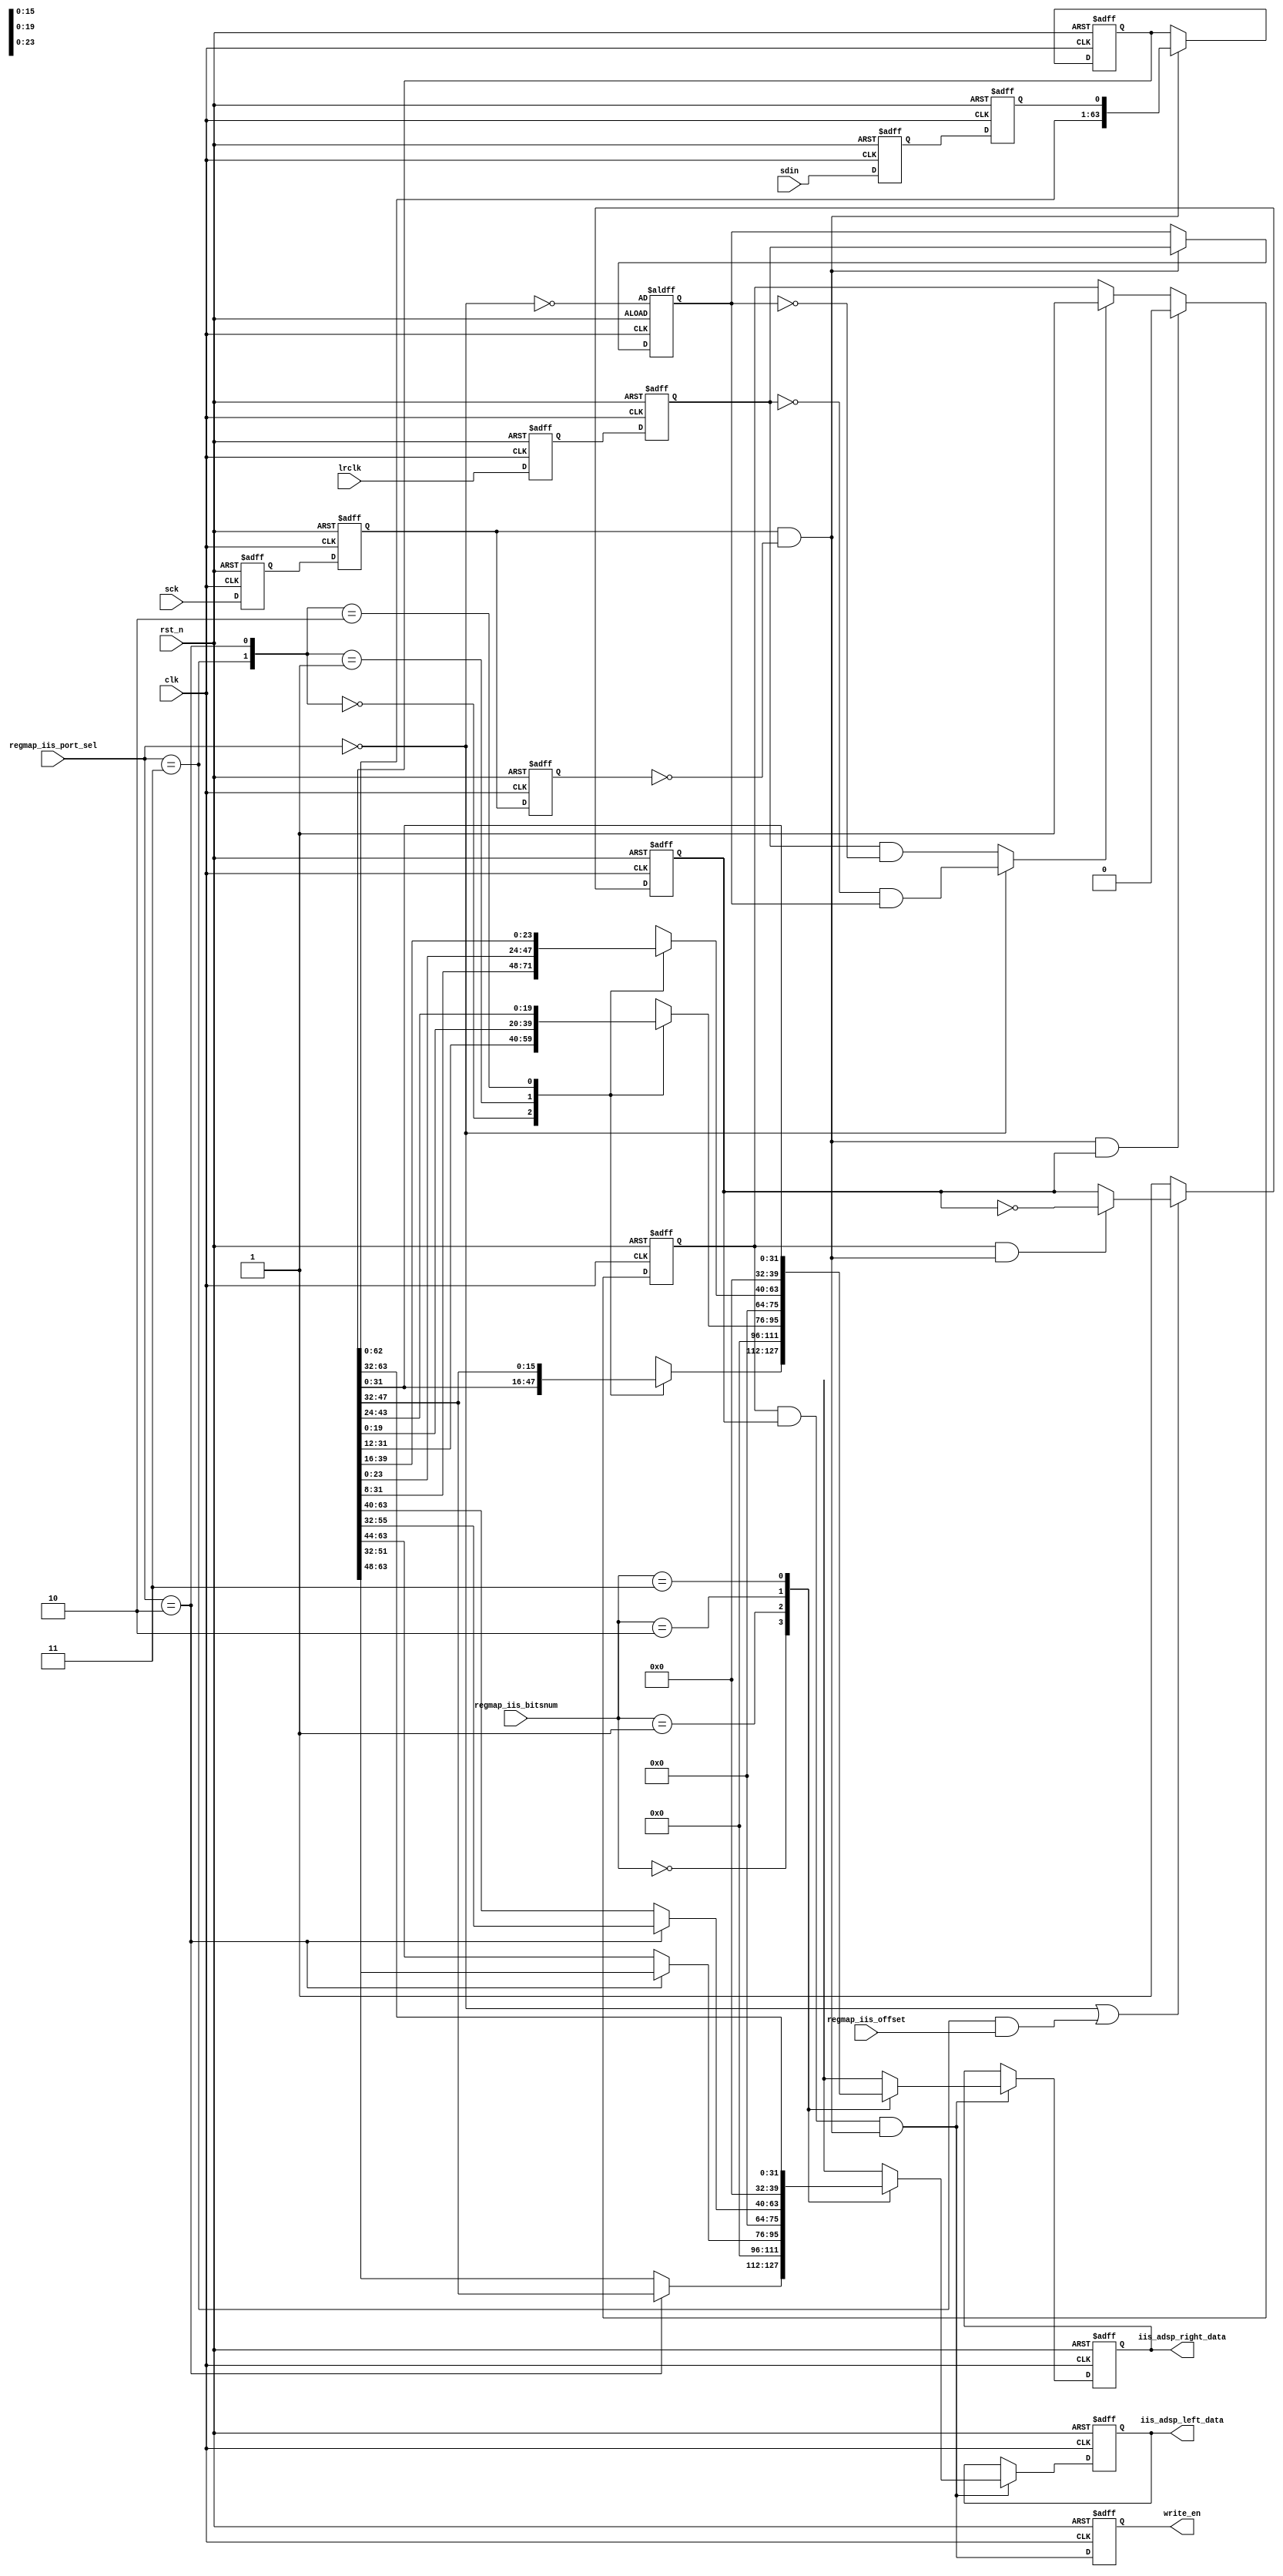
module sync_iis_port (
    // i2s interface
    sck,
    sdin,
    lrclk,

    //config from register map
    regmap_iis_bitsnum,
    regmap_iis_port_sel,
    regmap_iis_offset,

    //port to inputfifo
    write_en,
    iis_adsp_left_data,
    iis_adsp_right_data,

    //clock port
    clk,
    rst_n
);

input              clk;
input              sck;
input              sdin;
input              lrclk;
input              rst_n;
input  [1:0]       regmap_iis_bitsnum;
input  [1:0]       regmap_iis_port_sel;
input              regmap_iis_offset;
output [31:0]      iis_adsp_left_data;
output [31:0]      iis_adsp_right_data;
output             write_en;


wire               port_iis;
wire               port_lj;
wire               port_rj;
wire               port_tdm;
wire               lrclk_rise_edge;
wire               lrclk_fall_edge;
wire               lrclk_final_edge;
wire               offset_en;
wire               out_en;
wire               shift_en;
wire   [31:0]      left_data32;
wire   [23:0]      left_data24;
wire   [19:0]      left_data20;
wire   [15:0]      left_data16;
wire   [31:0]      right_data32;
wire               default_lrclk;
reg                sck_d1;
reg                sck_d2;
reg                sck_d3;
reg                sdin_d1;
reg                sdin_d2;
reg                lrclk_d1;
reg                lrclk_d2;
reg                sclk_samp_lrclk;
reg    [31:0]      left_databits;
reg    [31:0]      right_databits;
reg    [23:0]      right_data24;
reg    [19:0]      right_data20;
reg    [15:0]      right_data16;
reg    [31:0]      iis_adsp_left_data;
reg    [31:0]      iis_adsp_right_data;
reg                write_en;
reg                offset_flg;
reg                final_edge_latch;
reg    [63:0]      data_shift;

parameter IIS = 2'd0;
parameter LEFT_JUST = 2'd1;
parameter RIGHT_JUST = 2'd2;
parameter TDM = 2'd3;

//------------------------------------------------------
//                     main logic
//------------------------------------------------------

//sample input data
always @(posedge clk or negedge rst_n) begin
    if (!rst_n) begin
        sck_d1 <= 1'b1;
        sck_d2 <= 1'b1;
        sck_d3 <= 1'b1;
        sdin_d1 <= 1'b0;
        sdin_d2 <= 1'b0;
        lrclk_d1 <= 1'b0;
        lrclk_d2 <= 1'b0;
    end
    else begin
        sck_d1 <= sck;
        sck_d2 <= sck_d1;
        sck_d3 <= sck_d2;
        sdin_d1 <= sdin;
        sdin_d2 <= sdin_d1;
        lrclk_d1 <= lrclk;
        lrclk_d2 <= lrclk_d1;
    end
end

//port config
assign port_iis = (regmap_iis_port_sel == IIS);
assign port_lj = (regmap_iis_port_sel == LEFT_JUST);
assign port_rj = (regmap_iis_port_sel == RIGHT_JUST);
assign port_tdm = (regmap_iis_port_sel == TDM);

assign left_data32[31:0] = data_shift[63:32];
assign left_data24[23:0] = port_rj ? data_shift[55:32] : data_shift[63:40];
assign left_data20[19:0] = port_rj ? data_shift[51:32] : data_shift[63:44];
assign left_data16[15:0] = port_rj ? data_shift[47:32] : data_shift[63:48];
assign right_data32[31:0] = data_shift[31:0];

always @(*) begin
    case({port_tdm, port_rj})
        2'b00: begin
            right_data24 = data_shift[31:8];
            right_data20 = data_shift[31:12];
            right_data16 = data_shift[31:16];
        end
        2'b01: begin
            right_data24 = data_shift[23:0];
            right_data20 = data_shift[19:0];
            right_data16 = data_shift[15:0];
        end
        2'b10: begin
            right_data24 = data_shift[39:16];
            right_data20 = data_shift[43:24];
            right_data16 = data_shift[47:32];
        end
        default: begin
            right_data24 = 24'bx;
            right_data20 = 20'bx;
            right_data16 = 16'bx;
        end
    endcase
end

always @(*) begin
    case(regmap_iis_bitsnum)
        2'b00: begin
            right_databits = {right_data16, 16'b0};
            left_databits = {left_data16, 16'b0};
        end
        2'b01: begin
            right_databits = {right_data20, 12'b0};
            left_databits = {left_data20, 12'b0};
        end
        2'b10: begin
            right_databits = {right_data24, 8'b0};
            left_databits = {left_data24, 8'b0};
        end
        2'b11: begin
            right_databits = right_data32;
            left_databits = left_data32;
        end
    endcase
end

//shift register
assign shift_en = sck_d2 && !sck_d3; //sck posedge

always @(posedge clk or negedge rst_n) begin
    if(!rst_n) begin
        data_shift[63:0] <= 64'b0;
    end
    else if(shift_en) begin
        data_shift[63:0] <= {data_shift[62:0], sdin_d2};
    end
    else begin
        data_shift[63:0] <= data_shift[63:0];
    end
end

//data out
always @(posedge clk or negedge rst_n) begin
    if (!rst_n)
        sclk_samp_lrclk <= default_lrclk;
    else if (shift_en)
        sclk_samp_lrclk <= lrclk_d2;
    else
        sclk_samp_lrclk <= sclk_samp_lrclk;
end
always @(posedge clk or negedge rst_n) begin
    if (!rst_n)
        final_edge_latch <= 1'b0;
    else if (shift_en && offset_flg)
        final_edge_latch <= 1'b0;
    else if (lrclk_final_edge)
        final_edge_latch <= 1'b1;
    else
        final_edge_latch <= final_edge_latch;
end

always @(posedge clk or negedge rst_n) begin
    if (!rst_n)
        offset_flg <= 1'b0;
    else if (!offset_en)
        offset_flg <= 1'b1;
    else if (final_edge_latch && shift_en)
        offset_flg <= !offset_flg;
    else
        offset_flg <= offset_flg;
end

assign lrclk_rise_edge = lrclk_d2 && !sclk_samp_lrclk;
assign lrclk_fall_edge = !lrclk_d2 && sclk_samp_lrclk;
assign lrclk_final_edge = port_iis ? lrclk_fall_edge : lrclk_rise_edge;
assign offset_en = port_iis || port_tdm && regmap_iis_offset;
assign out_en = final_edge_latch && offset_flg && shift_en;
assign default_lrclk = !port_iis;

always @(posedge clk or negedge rst_n) begin
    if (!rst_n) begin
        iis_adsp_left_data <= 32'b0;
        iis_adsp_right_data <= 32'b0;
    end
    else if (out_en) begin
        iis_adsp_left_data <= left_databits;
        iis_adsp_right_data <= right_databits;
    end
    else begin
        iis_adsp_left_data <= iis_adsp_left_data;
        iis_adsp_right_data <= iis_adsp_right_data;
    end
end

always @(posedge clk or negedge rst_n) begin
    if (!rst_n)
        write_en <= 1'b0;
    else 
        write_en <= out_en;
end

endmodule